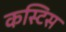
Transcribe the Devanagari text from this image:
कस्टिस